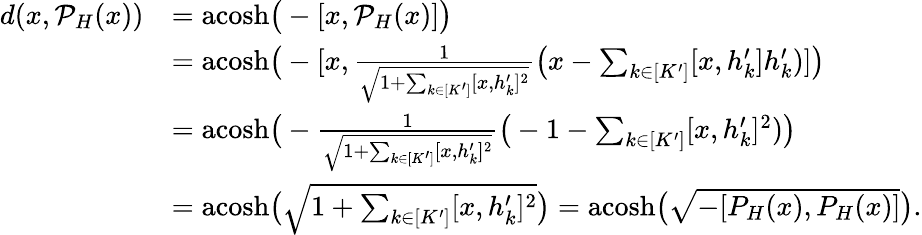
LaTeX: \begin{array}{rl}{d(x,\mathcal{P}_{H}(x))}&{=\mathrm{acosh}\big(-[x,\mathcal{P}_{H}(x)]\big)}\\ &{=\mathrm{acosh}\big(-[x,\frac{1}{\sqrt{1+\sum_{k\in[K^{\prime}]}[x,h_{k}^{\prime}]^{2}}}\big(x-\sum_{k\in[K^{\prime}]}[x,h_{k}^{\prime}]h_{k}^{\prime})]\big)}\\ &{=\mathrm{acosh}\big(-\frac{1}{\sqrt{1+\sum_{k\in[K^{\prime}]}[x,h_{k}^{\prime}]^{2}}}\big(-1-\sum_{k\in[K^{\prime}]}[x,h_{k}^{\prime}]^{2})\big)}\\ &{=\mathrm{acosh}\big(\sqrt{1+\sum_{k\in[K^{\prime}]}[x,h_{k}^{\prime}]^{2}}\big)=\mathrm{acosh}\big(\sqrt{-[P_{H}(x),P_{H}(x)]}\big).}\end{array}